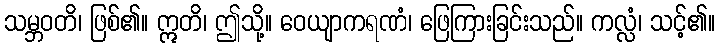
သမ္ဘဝတိ၊ ဖြစ်၏။ ဣတိ၊ ဤသို့။ ဝေယျာကရဏံ၊ ဖြေကြားခြင်းသည်။ ကလ္လံ၊ သင့်၏။